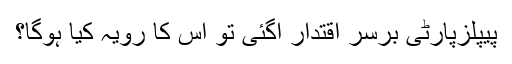
پیپلزپارٹی برسرِ اقتدار آگئی تو اس کا رویہ کیا ہوگا؟